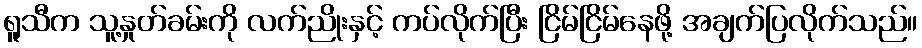
ရူသီက သူ့နှုတ်ခမ်းကို လက်ညိုးနှင့် ကပ်လိုက်ပြီး ငြိမ်ငြိမ်နေဖို့ အချက်ပြလိုက်သည်။